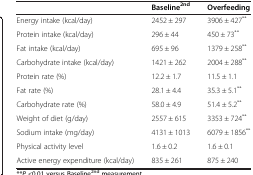
<table><thead><tr><td><b> </b></td><td><b>Baseline<sup>2nd</sup></b></td><td><b>Overfeeding</b></td></tr></thead><tbody><tr><td>Energy intake (kcal/day)</td><td>2452 ± 297</td><td>3906 ± 427<sup>**</sup></td></tr><tr><td>Protein intake (kcal/day)</td><td>296 ± 44</td><td>450 ± 73<sup>**</sup></td></tr><tr><td>Fat intake (kcal/day)</td><td>695 ± 96</td><td>1379 ± 258<sup>**</sup></td></tr><tr><td>Carbohydrate intake (kcal/day)</td><td>1421 ± 262</td><td>2004 ± 288<sup>**</sup></td></tr><tr><td>Protein rate (%)</td><td>12.2 ± 1.7</td><td>11.5 ± 1.1</td></tr><tr><td>Fat rate (%)</td><td>28.1 ± 4.4</td><td>35.3 ± 5.1<sup>**</sup></td></tr><tr><td>Carbohydrate rate (%)</td><td>58.0 ± 4.9</td><td>51.4 ± 5.2<sup>**</sup></td></tr><tr><td>Weight of diet (g/day)</td><td>2557 ± 615</td><td>3353 ± 724<sup>**</sup></td></tr><tr><td>Sodium intake (mg/day)</td><td>4131 ± 1013</td><td>6079 ± 1856<sup>**</sup></td></tr><tr><td>Physical activity level</td><td>1.6 ± 0.2</td><td>1.6 ± 0.1</td></tr><tr><td>Active energy expenditure (kcal/day)</td><td>835 ± 261</td><td>875 ± 240</td></tr></tbody></table>